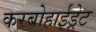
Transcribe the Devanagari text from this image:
करबोहाईड्रेट